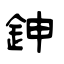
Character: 鉮